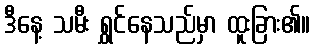
ဒီနေ့ သမီး ရွှင်နေသည်မှာ ထူးခြား၏။